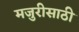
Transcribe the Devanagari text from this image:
मजुरीसाठी